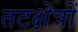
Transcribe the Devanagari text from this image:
तटक्षेत्रों